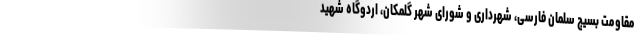
مقاومت بسیج سلمان فارسی، شهرداری و شورای شهر گلمکان، اردوگاه شهید